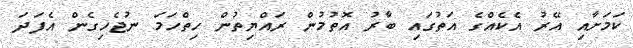
ކަމަށާއި އޭރު އެކެއްގެ އަތުގައި ބާރު އޮތުމުން ރައްޔިތުން ހިތްހަމަ ނުޖެހިގެން އެފަދަ